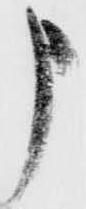
申